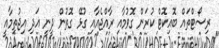
ރިސޯޓްތައް ބޮއިކޮޓް ކުރަން ގޮވުމާއި ރާއްޖެއާއި ގުޅޭ ގޮތުން ދީނީ އަދި އިޖުތިމާއީ